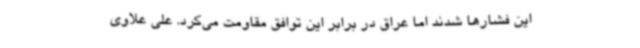
این فشارها شدند اما عراق در برابر این توافق مقاومت می‌کرد. علی علاوی